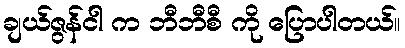
ချယ်ဇွန်ငါ က ဘီဘီစီ ကို ပြောပါတယ်။